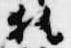
執